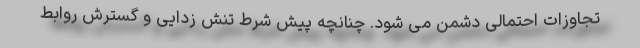
تجاوزات احتمالی دشمن می شود. چنانچه پیش شرط تنش زدایی و گسترش روابط